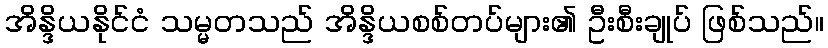
အိန္ဒိယနိုင်ငံ သမ္မတသည် အိန္ဒိယစစ်တပ်များ၏ ဦးစီးချုပ် ဖြစ်သည်။